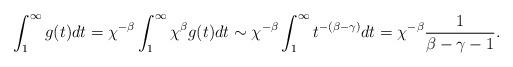
LaTeX: \begin{align*} \int_1^\infty g(t)dt = \chi^{-\beta} \int_1^\infty \chi^\beta g(t) dt \sim \chi^{-\beta} \int_1^\infty t^{-(\beta-\gamma)} dt = \chi^{-\beta}\frac{1}{\beta-\gamma-1}.\end{align*}